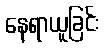
နေရာယူခြင်း